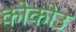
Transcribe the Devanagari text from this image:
कोकोउ